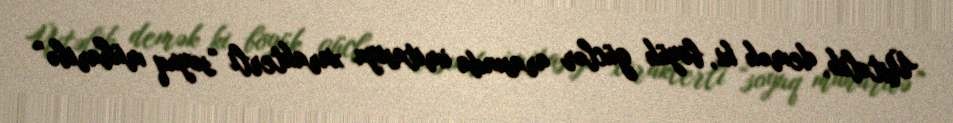
Üstəlik, demək ki, böyük güclər arasında imitasiya xarakterli “soyuq müharibə”